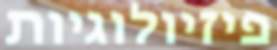
פיזיולוגיות